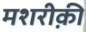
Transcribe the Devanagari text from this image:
मशरीक़ी